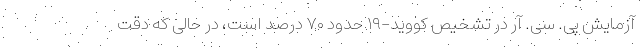
آزمایش پی. سی. آر در تشخیص کووید-۱۹ حدود ۷۰ درصد است، در حالی که دقت